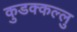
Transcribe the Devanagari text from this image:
कुडक्कल्लु